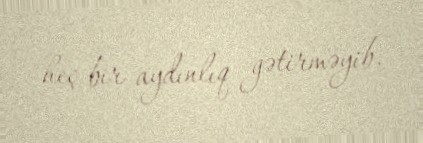
heç bir aydınlıq gətirməyib.